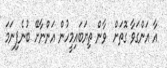
އާ އަންގަވާ ގޮތަށް  ވާން ތިޔަބައިމީހުން އަންނާށޭ ބުނެފިނަމަ